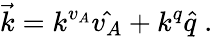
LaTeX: \vec{k}=k^{v_{A}}\hat{v_{A}}+k^{q}\hat{q}\; .